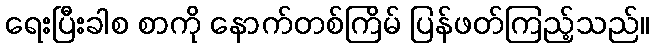
ရေးပြီးခါစ စာကို နောက်တစ်ကြိမ် ပြန်ဖတ်ကြည့်သည်။